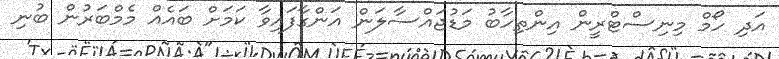
އަދި ހޯމް މިނިސްޓްރީން އިންތިހާބު މަޑުޖައްސާލަން އަންގާފައިވާ ކަމަށް ބައެއް މެމްބަރުން ބުނި